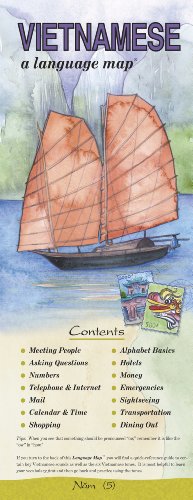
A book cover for VIETNAMESE a language mapÂ®; Kristine K. Kershul; Travel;